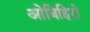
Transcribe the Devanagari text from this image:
ओबिहिरो